Vaccination United Provinces of Agra and Oudh 1914-1922 - 1914-1922
Year: 1914
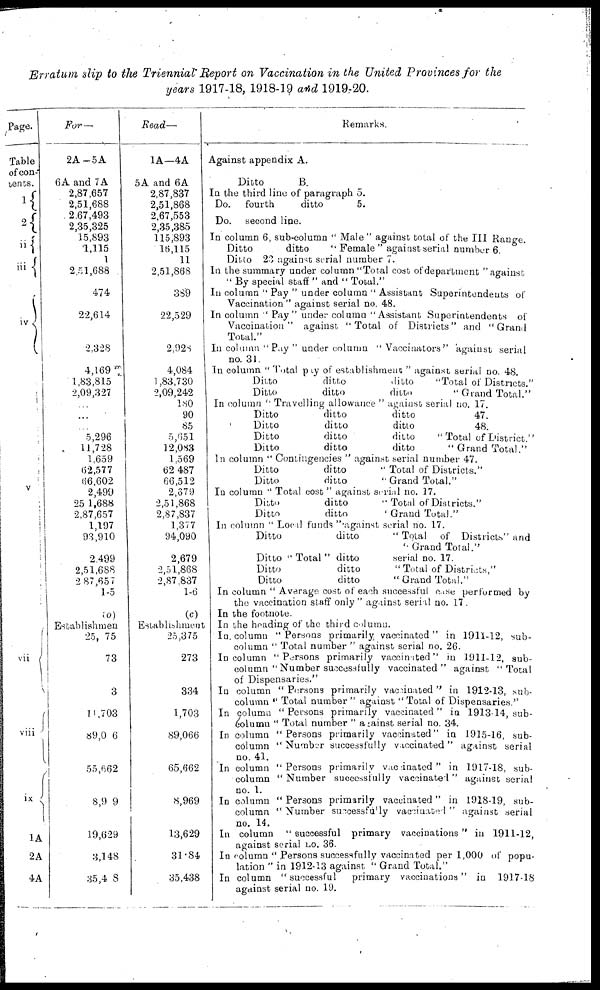
Erratum slip to the Triennial Report on Vaccination in the United Provinces for the
years 1917-18, 1918-19 and 1919-20.
Page.
Table
of con-
tents.
1
2
ii
iii
iv
v
vii
viii
ix
1A
2A
4A
For—
2A-5A
6A and 7A
2,87,657
2,51,688
2,67,493
2,35,325
15,893
1,115
1
2,51,688
474
22,614
2,328
4,169
1,83,815
2,09,327
...
5,296
11,728
1,659
62,577
66,602
2,499
251,688
2,87,657
1,197
93,910
2,499
2,51,688
2,87,657
1-5
(a)
Establishment
25, 75
73
3
11,703
89,0 6
55,662
8,9 9
19,629
3,148
35,4 8
Read—
1A—4A
5A and 6A
2,87,837
2,51,868
2,67,553
2,35,385
115,893
16,115
11
2,51,868
389
22,529
2,928
4,084
1,83,730
2,09,242
180
90
85
5,651
12,083
1,569
62,487
66,512
2,679
2,51,868
2,87,837
1,377
94,090
2,679
2,51,868
2,87,837
1-6
(c)
Establishment
25,375
273
334
1,703
89,066
65,662
8,969
13,629
31.84
35,438
Remarks.
Against appendix A.
Ditto
B.
In the third line of paragraph 5.
Do. fourth
ditto
5.
Do. second line.
In column 6, sub-column "Male" against total of the III Range.
Ditto
ditto
"Female" against serial number 6.
Ditto 23 against serial number 7.
In the summary under column "Total cost of department" against
"By special staff" and "Total."
In column "Pay" under column "Assistant Superintendents of
Vaccination" against serial no. 48.
In column "Pay" under column "Assistant Superintendents of
Vaccination" against "Total of Districts" and "Grand
Total."
In column "Pay" under column "Vaccinators" against serial
no. 31.
In column "Total pay of establishment" against serial no. 48.
Ditto
ditto
ditto
"Total of Districts."
Ditto
ditto
ditto
"Grand Total."
In column "Travelling allowance" against serial no. 17.
Ditto
ditto
ditto
47.
Ditto
ditto
ditto
48.
Ditto
ditto
ditto
"Total of District."
Ditto
ditto
ditto
"Grand Total."
In column "Contingencies" against serial number 47.
Ditto
ditto
"Total of Districts."
Ditto
ditto
"Grand Total."
In column "Total cost" against serial no. 17.
Ditto
ditto
"Total of Districts."
Ditto
ditto
"Grand Total."
In column "Local funds" against serial no. 17.
Ditto
ditto
"Total
of Districts" and
"Grand Total."
Ditto "Total" ditto
serial no. 17.
Ditto
ditto
"Total of Districts."
Ditto
ditto
"Grand Total."
In column "Average cost of each successful case performed by
the vaccination staff only" against serial no. 17.
In the footnote.
In the heading of the third column.
In column "Persons primarily vaccinated" in 1911-12, sub-
column "Total number" against serial no. 26.
In column "Persons primarily vaccinated" in 1911-12, sub-
column "Number successfully vaccinated" against "Total
of Dispensaries."
In column "Persons primarily vaccinated" in 1912-13, sub-
column "Total number" against "Total of Dispensaries."
In column "Persons primarily vaccinated" in 1913-14, sub-
column "Total number" against serial no. 34.
In column "Persons primarily vaccinated" in 1915-16, sub-
column "Number successfully vaccinated" against serial
no. 41.
In column "Persons primarily vaccinated" in 1917-18, sub-
column "Number successfully vaccinated" against serial
no. 1.
In column "Persons primarily vaccinated" in 1918-19, sub-
column "Number successfully vaccinated" against serial
no. 14.
In column "successful primary vaccinations" in 1911-12,
against serial no. 36.
In column "Persons successfully vaccinated per 1,000 of popu-
lation" in 1912-13 against "Grand Total."
In column "successful
primary vaccinations" in 1917-18
against serial no. 19.